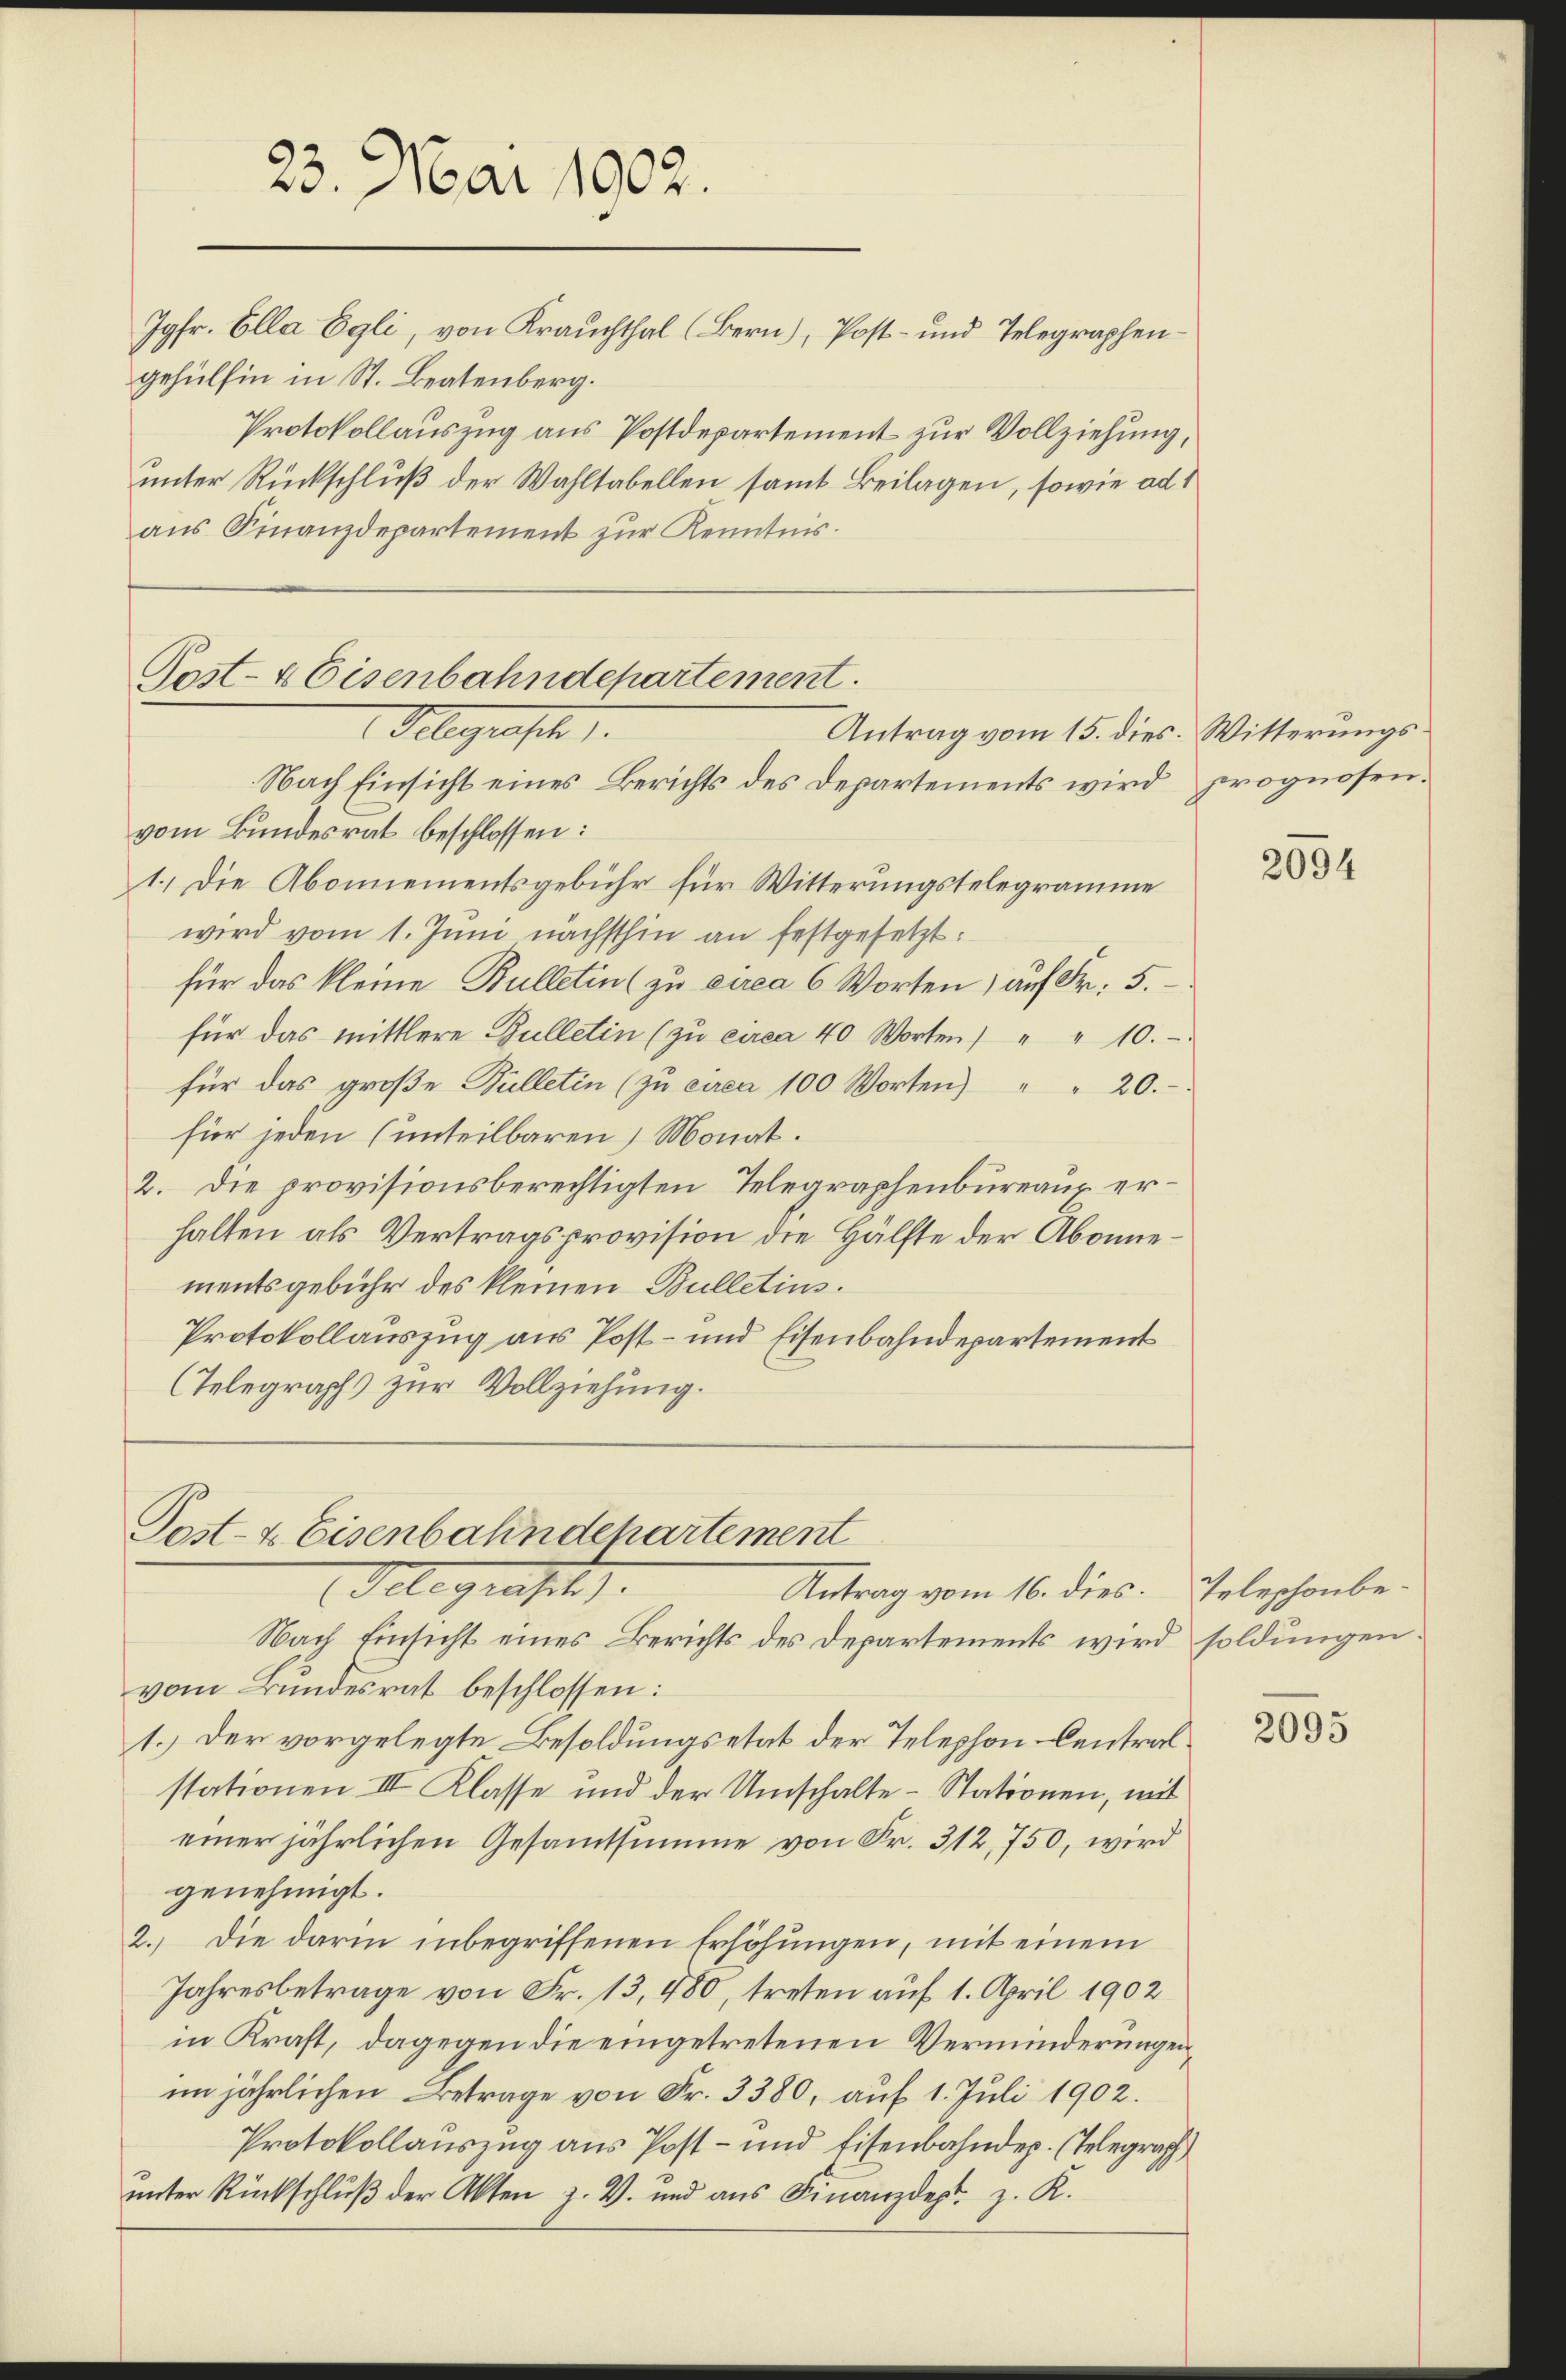
Jgfr. Ella Egli, von Krauchthal (Bern), Post- und Telegraphengehülfen in St. Beatenberg.
Protokollauszug aus Postdepartement zur Vollziehung,
unter Rückschluß der Wahltabellen samt Beilagen, sowie ad 1
aus Finanzdepartement zur Kenntnis.

23. Mai 1902.

Post- & Eisenbahndepartement.
Gelegrasch
Antrag vom 15. dies. Witterungs¬

Post- & Eisenbahndepartement
Gelegratet.
Antrag vom 16. dies.

Nach Einsicht eines Berichts des Departements wird prognosen.
vom Bundesrat beschlossen:
1.) Die Abonnementsgebühr für Witterungstelegramme
wird vom 1. Juni nächsthin an festgesetzt:
für das kleine Bulletin (zu circa 6 Worten, auf Fr. 5.
für das mittlere Gulletin (zŭ circa 40 Worten) " " 10.
für das groβe Bulletin (zu circa 100 Worten) " " 20.
für jeden (unteilbaren) Monat.
2. Die provisionsberechtigten Telegraphenbureaux erhalten als Vertragsprovision die Hälfte der Abonnementsgebühr des kleinen Bulletins.
Protokollauszug aus Post- und Eisenbahndepartement
Telegraphs zur Vollziehung.

Nach Einsicht eines Berichts des Departements wird soldungen
vom Bundesrat beschlossen:
1.) Der vorgelegte Besoldungsetat der Telephon Centralstationen III Klasse und der Umschalte - Stationen, mit
einer jährlichen Gesammtsumme von Fr. 312, 750, wird
genehmigt.
2. Die darin inbegriffenen Erhöhungen, mit einem
Jahresbetrage von Fr. 13, 480, treten auf 1. April 1902
in Kraft, dagegen die eingetretenen Verminderungenim jährlichen Betrage von Fr. 3380, auf 1. Juli 1902.
Protokollauszug aus Post- und Eisenbahnder. (Telegraph
unter Rückschluß der Akten z. W. und ans Finanzdept. z. K.

2094

Teleschonbe¬

2095